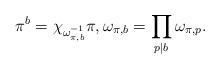
LaTeX: \begin{align*}\pi^b = \chi_{\omega_{\pi,b}^{-1}}\pi, \omega_{\pi,b} =\prod_{p\mid b} \omega_{\pi,p}. \end{align*}